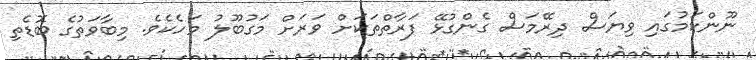
ނޫންކަމުގައި ވިޔަސް ދިރޭމަސް ގެންގުޅޭ ފަރާތްތަކަށް ވަރަށް މަގުބޫލު މަހެކެވެ. މިބާވަތުގެ ބޮޑެތި